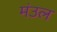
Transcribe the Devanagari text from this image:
मंउल